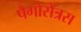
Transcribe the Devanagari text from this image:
पैगोसेंत्रस